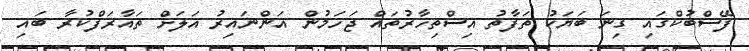
ފޭސްބުކްގައި ގިނަ ބަޔަކު ތަފާތު އިސްތިހާރުތައް ޖަހަމުން އަންނައިރު އަލަށް ތައާރަފްކުރާ ބައި